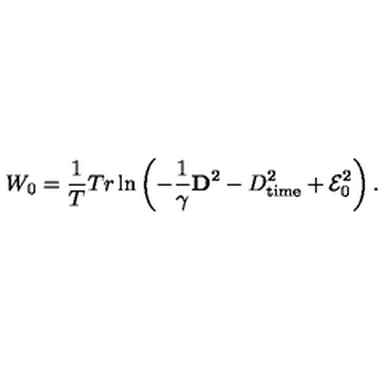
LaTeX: W _ { 0 } = \frac { 1 } { T } T r \ln \left( - \frac { 1 } { \gamma } { \bf D } ^ { 2 } - D _ { \mathrm { t i m e } } ^ { 2 } + { \cal E } _ { 0 } ^ { 2 } \right) .